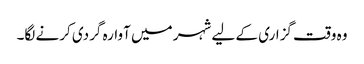
وہ وقت گزاری کے لیے شہر میں آوارہ گردی کرنے لگا۔